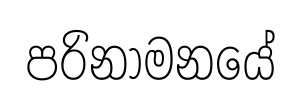
පරිනාමනයේ